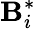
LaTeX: \mathbf{B}_{i}^{*}